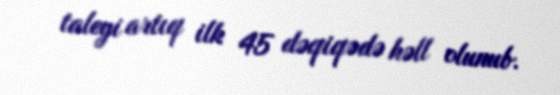
taleyi artıq ilk 45 dəqiqədə həll olunub.